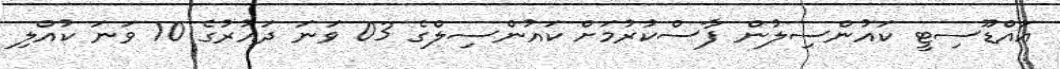
އައްޑޫސިޓީ ކައުންސިލުން ފާސްކުރުމަށް ކައުންސިލްގެ 03 ވަނަ ދައުރުގެ 10 ވަނަ ކުއްލި